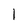
Character: I